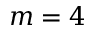
m = 4